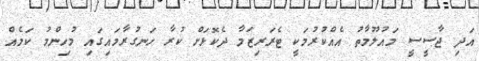
އަދި ޖާސީސީ މައުލޫމާތު އެއްކުރުމަކީ ޓެރަރިޒަމާ ދެކޮޅަށް ކުރާ ހަނގުރާމައިގައި މުހިންމު ކަމެއް